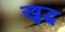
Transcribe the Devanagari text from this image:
खुद्ध